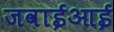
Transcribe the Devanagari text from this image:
जवाईआई